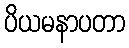
ပိယမနာပတာ